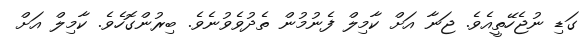
ގަޑި ނުޖެހޭތީއެވެ. ޖަނާ އަށް ކާމިލް ފެނުމުން ތެދުވެވުނެވެ. ބިރުންގޮހެވެ. ކާމިލް އަށް